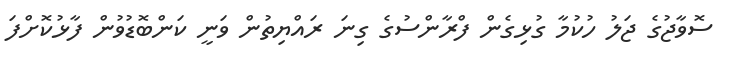
ސޮވާޖުގެ ޖަލު ހުކުމާ ގުޅިގެން ފްރާންސުގެ ގިނަ ރައްޔިތުން ވަނީ ކަންބޮޑުވުން ފާޅުކޮށްފަ